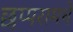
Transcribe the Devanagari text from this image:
छप्परामधे